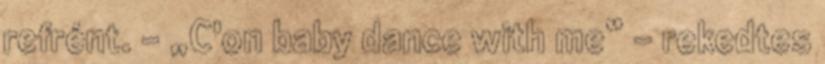
refrént. - „C'on baby dance with me” - rekedtes